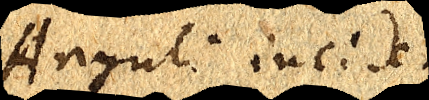
Anguli incidentiae